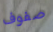
صفوف